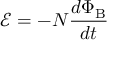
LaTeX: { \mathcal { E } } = - N { \frac { d \Phi _ { \mathrm { B } } } { d t } }